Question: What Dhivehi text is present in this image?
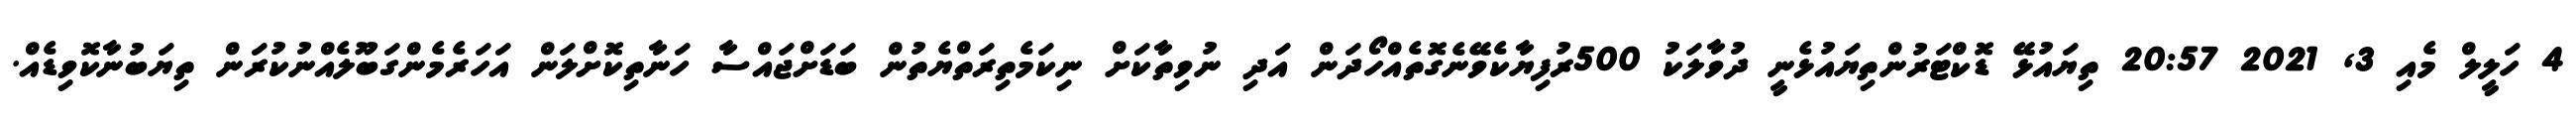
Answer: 4 ހަލީލް މެއި 3, 2021 20:57 ތިޔައުޅޭ ޑޮކްޓަރުންތިޔައުޅެނީ ދުވާލަކު 500ރުފިޔާކެވޭނެގޮތެއްހޯދަން އަދި ނުވިތާކަށް ނިކަމެތިރަތްޔެތުން ބަޑަށްޖައްސާ ހަނާތިކޮށްލަން އަހަރެމެންގަބޫލެއްނުކުރަން ތިޔަބުނާކޮވިޑެއް.